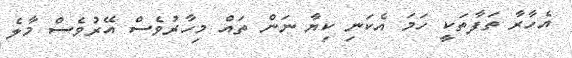
އެހާރާ ތަފާތަކީ ހަމަ އެކަނި ކިޔާ ނަން ތައް މިހާރުވެސް އޭރުވެސް މާލެ